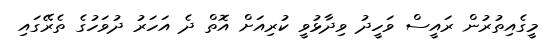
މީގެއިތުރުން ރައީސް ވަހީދު ވިދާޅުވީ ކުރިއަށް އޮތް ދެ އަހަރު ދުވަހުގެ ތެރޭގައި